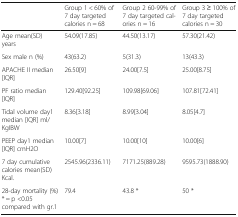
|  | Group 1 < 60% of 7 day targeted calories n = 68 | Group 2 60-99% of 7 day targeted calories n = 16 | Group 3 ≥ 100% of 7 day targeted calories n = 30 |
 | --- | --- | --- | --- |
 | Age mean(SD) years | 54.09(17.85) | 44.50(13.17) | 57.30(21.42) |
 | Sex male n (%) | 43(63.2) | 5(31.3) | 13(43.3) |
 | APACHE II median [IQR] | 26.50[9] | 24.00[7.5] | 25.00[8.75] |
 | PF ratio median [IQR] | 129.40[92.25] | 109.98[69.06] | 107.81[72.41] |
 | Tidal volume day1 median [IQR] ml/KgIBW | 8.36[3.18] | 8.99[3.04] | 8.05[4.7] |
 | PEEP day1 median [IQR] cmH2O | 10.00[7] | 10.00[10] | 10.00[6] |
 | 7 day cumulative calories mean(SD) Kcal. | 2545.96(2336.11) | 7171.25(889.28) | 9595.73(1888.90) |
 | 28-day mortality (%) * = p <0.05 compared with gr.1 | 79.4 | 43.8 * | 50 * |